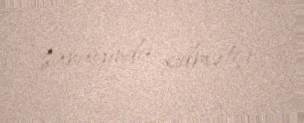
sarayında xidmətçi.